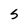
Character: 5